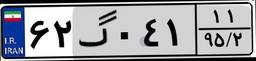
۲۱گ۰۸۳۱۶